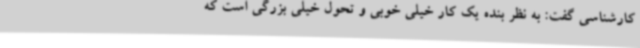
کارشناسی گفت: به نظر بنده یک کار خیلی خوبی و تحول خیلی بزرگی است که